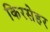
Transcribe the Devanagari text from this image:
किरसेहर